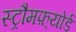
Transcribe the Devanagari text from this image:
स्ट्रौमफ़्योर्ड